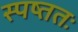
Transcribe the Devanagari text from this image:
स्पष्ततः